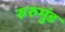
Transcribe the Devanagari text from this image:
रुरुमुंड